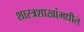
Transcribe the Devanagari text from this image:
शास्त्रशाखांमधील